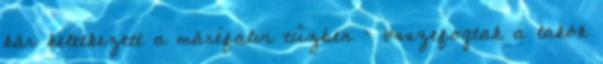
kár keletkezett a máréfalvi tűzben – összefogtak a lakók